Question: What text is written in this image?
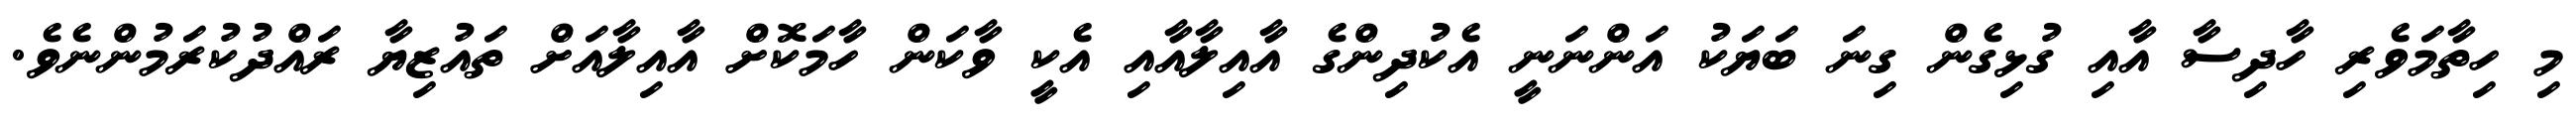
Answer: މި ހިތާމަވެރި ހާދިސާ އާއި ގުޅިގެން ގިނަ ބަޔަކު އަންނަނީ އެކުދިންގެ އާއިލާއާއި އެކީ ވާކަން ހާމަކޮށް އާއިލާއަށް ތައުޒިޔާ ރައްދުކުރަމުންނެވެ.